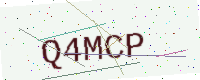
Text: Q4MCP